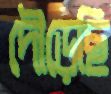
দৌড়েছি